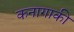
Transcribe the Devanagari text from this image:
कनागाकी